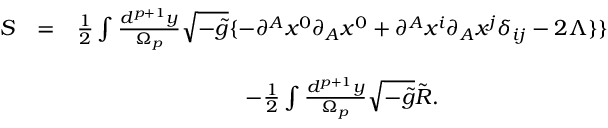
\begin{array} { c c c } { { S } } & { { = } } & { { \frac 1 2 \int \frac { d ^ { p + 1 } y } { \Omega _ { p } } \sqrt { - \tilde { g } } \{ - \partial ^ { A } x ^ { 0 } \partial _ { A } x ^ { 0 } + \partial ^ { A } x ^ { i } \partial _ { A } x ^ { j } \delta _ { i j } - 2 \Lambda \} \} } } \\ { { } } & { { } } & { { } } \\ { { } } & { { } } & { { - \frac 1 2 \int \frac { d ^ { p + 1 } y } { \Omega _ { p } } \sqrt { - \tilde { g } } \tilde { R } . } } \end{array}